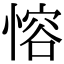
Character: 愹